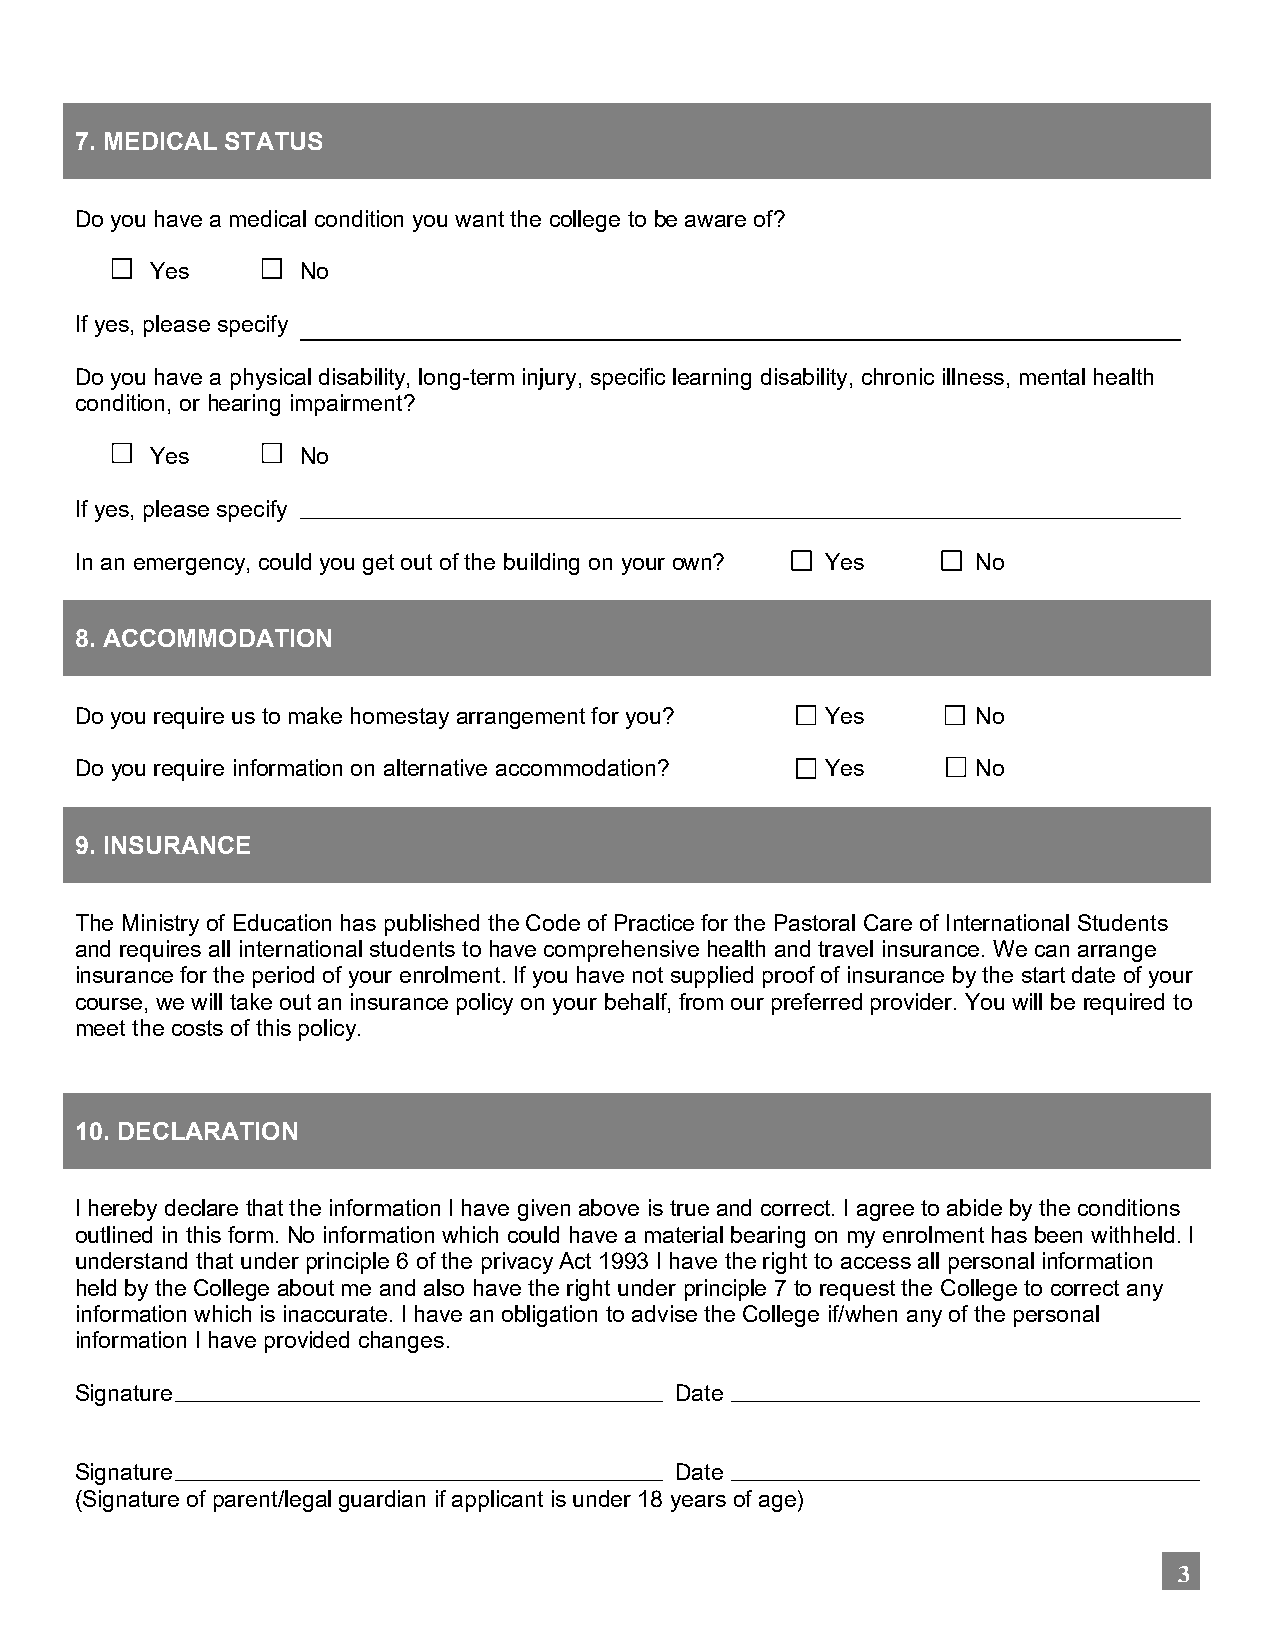
7. MEDICAL STATUS
 Do you have a medical condition you want the college to be aware of?
 Yes       No
 If yes, please specify
 Do you have a physical disability, long-term injury, specific learning disability, chronic illness, mental health
 condition, or hearing impairment?
 Yes       No
 If yes, please specify
 In an emergency, could you get out of the building on your own? Yes No
 8. ACCOMMODATION
 Do you require us to make homestay arrangement for you? Yes No
 Do you require information on alternative accommodation? Yes No
 9. INSURANCE
 The Ministry of Education has published the Code of Practice for the Pastoral Care of International Students
 and requires all international students to have comprehensive health and travel insurance. We can arrange
 insurance for the period of your enrolment. If you have not supplied proof of insurance by the start date of your
 course, we will take out an insurance policy on your behalf, from our preferred provider. You will be required to
 meet the costs of this policy.
 10. DECLARATION
 I hereby declare that the information I have given above is true and correct. I agree to abide by the conditions
 outlined in this form. No information which could have a material bearing on my enrolment has been withheld. I
 understand that under principle 6 of the privacy Act 1993 I have the right to access all personal information
 held by the College about me and also have the right under principle 7 to request the College to correct any
 information which is inaccurate. I have an obligation to advise the College if/when any of the personal
 information I have provided changes.
 Signature                               Date
 Signature                               Date
 (Signature of parent/legal guardian if applicant is under 18 years of age)
 3